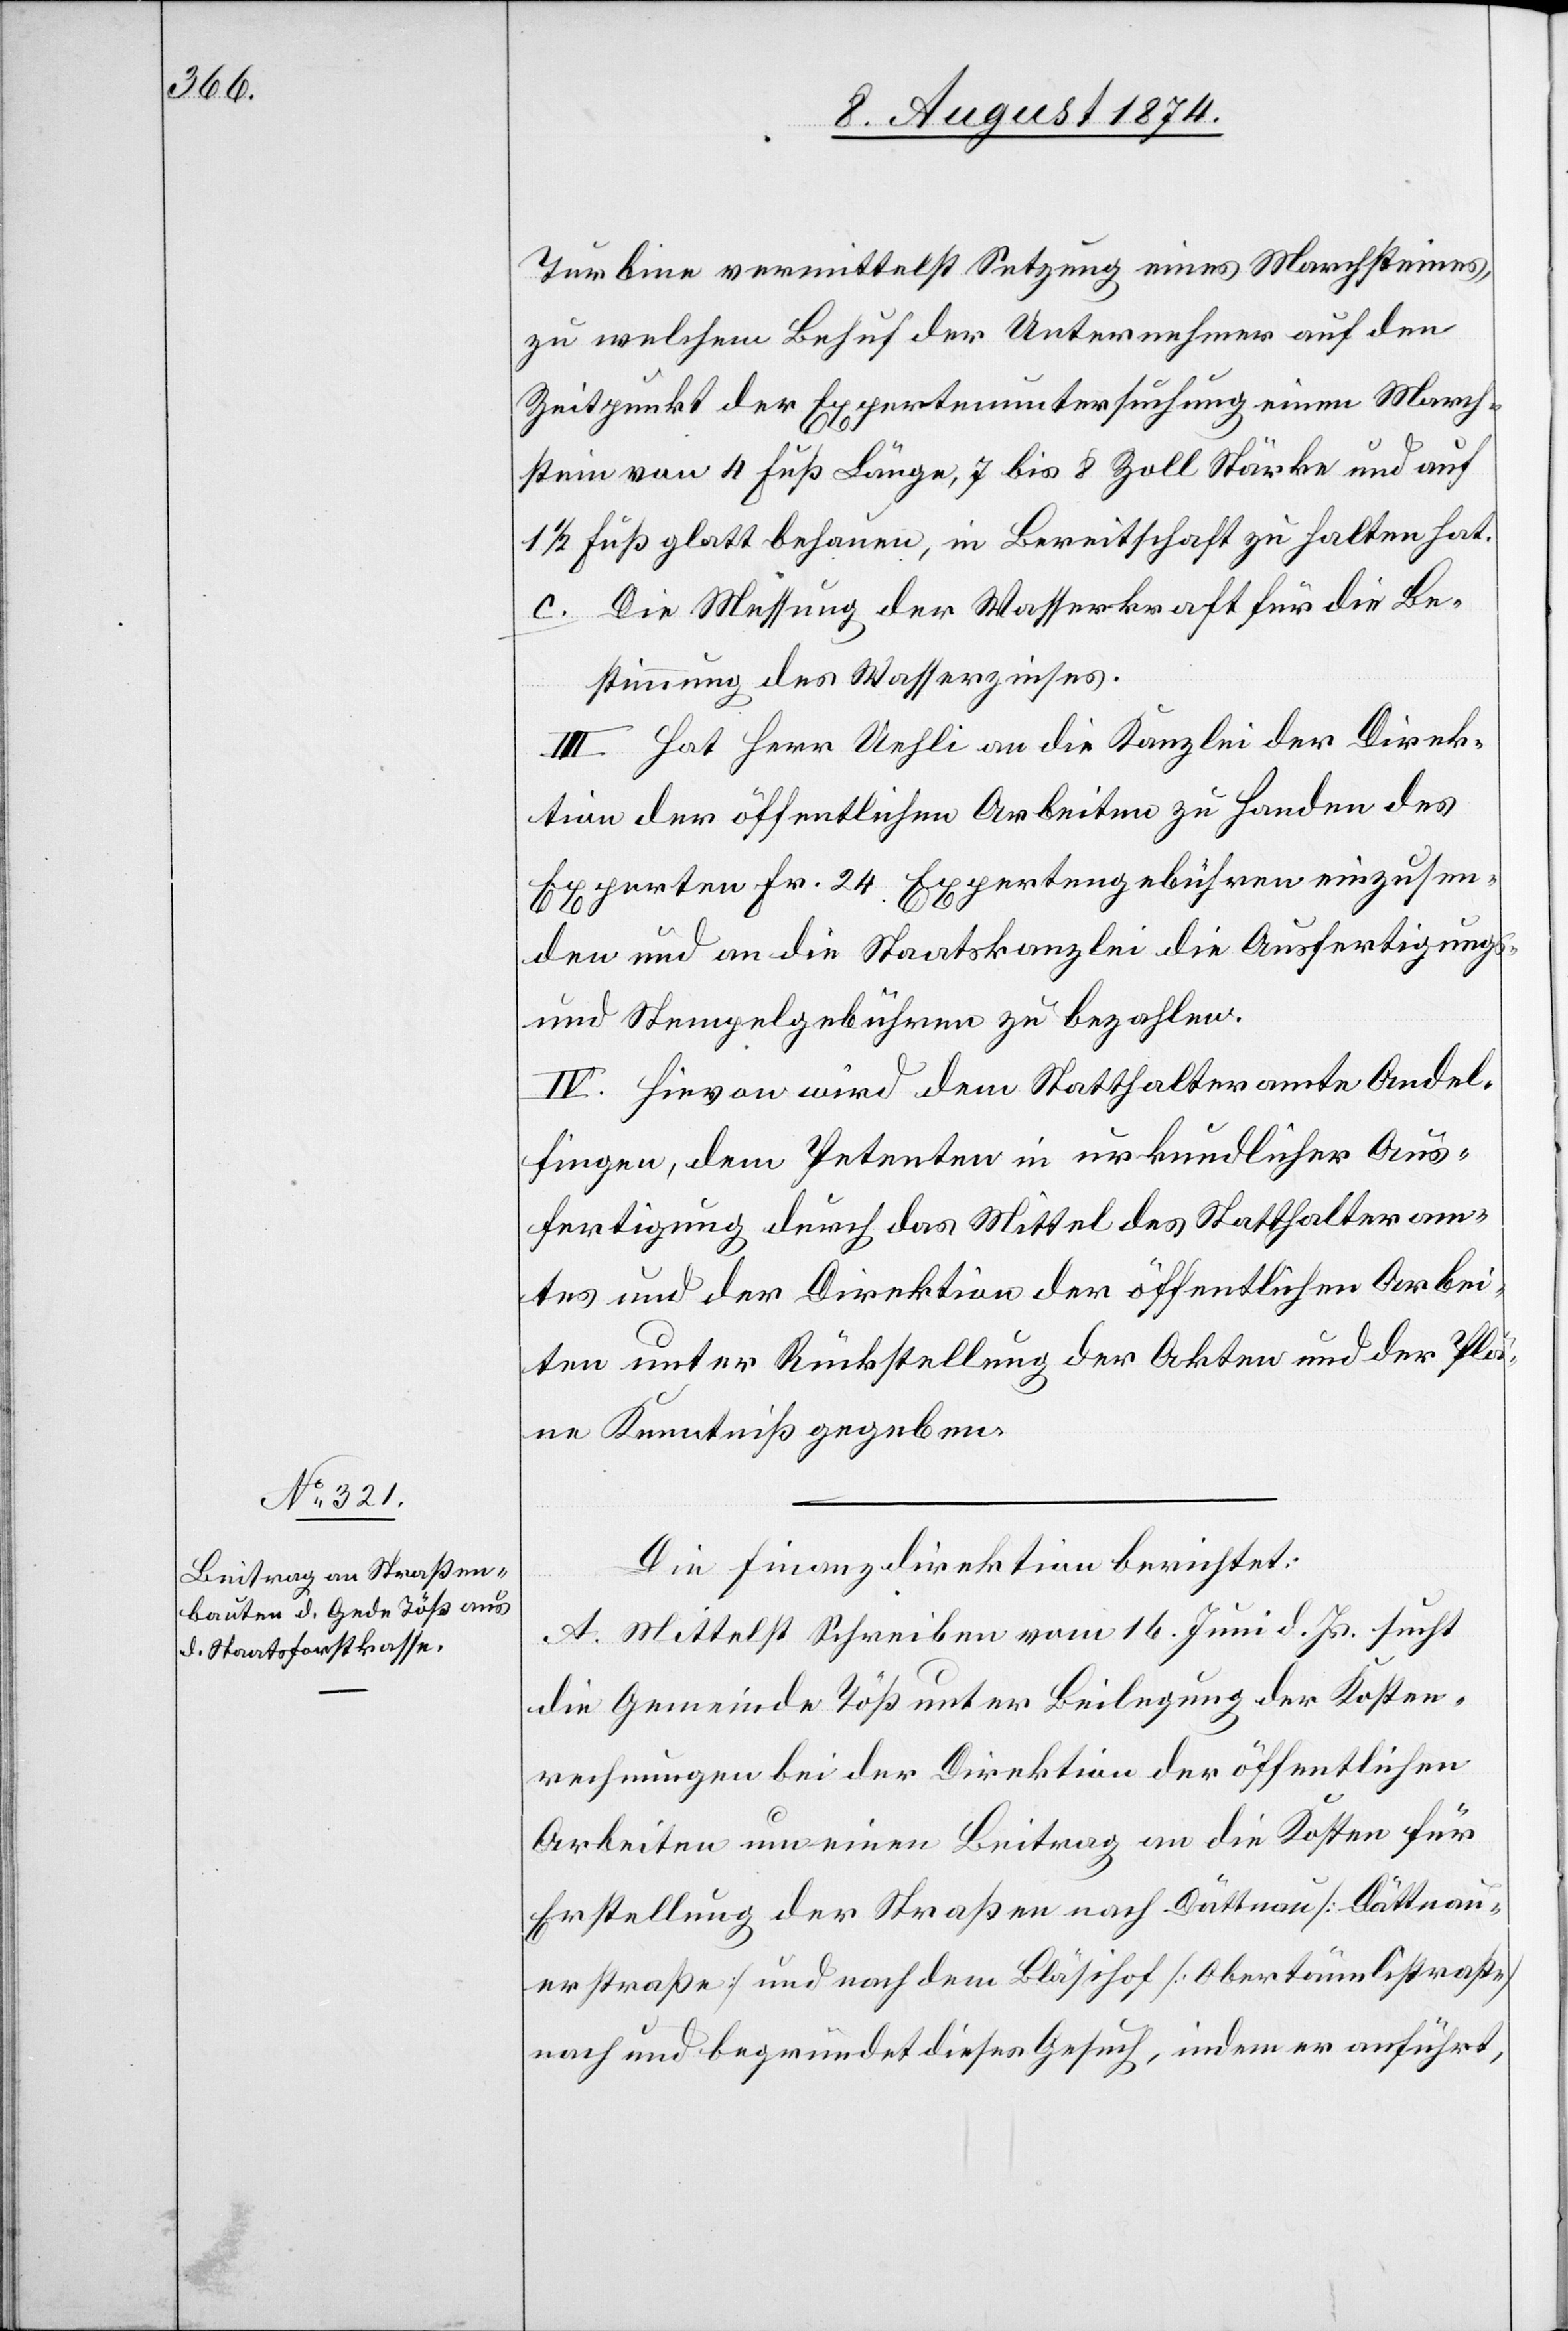
Turbine vermittelst Setzung eines Marchsteines,
zu welchem Behuf der Unternehmer auf den
Zeitpunkt der Expertenuntersuchung einem March¬
stein von 4 Fuß Länge, 7 bis 8 Zoll Stärke und auf
1/2 Fuß glatt behauen, in Bereitschaft zu halten hat.
c. Die Messung der Wasserkraft für die Be¬
stimmungen des Wasserzinses.
III. Hat Herr Uehli an die Kanzlei der Direk¬
tion der öffentlichen Arbeiten zu Handen des
Experten Fr. 24 Expertengebühren einzusen¬
den und an die Staatskanzlei die Ausfertigungs-
und Stempelgebühren zu bezahlen.
IV. Hievon wird dem Statthalteramte Andel¬
fingen, dem Petenten in urkundlicher Aus¬
fertigung durch das Mittel des Statthalteram¬
tes und der Direktion der öffentlichen Arbei¬
ten unter Rückstellung der Akten und der Plä¬
ne Kenntniß gegeben.
Die Finanzdirektion berichtet:
A. Mittelst Schreiben vom 16. Juni d. Js. sucht
die Gemeinde Töß unter Beilegung der Kosten¬
rechnungen bei der Direktion der öffentlichen
Arbeiten um einen Beitrag an die Kosten für
Erstellung der Straßen nach Dättnau [Dättnau¬
erstraße] und nach dem Bläsihof [Obertännlistraße]
nach und begründet dieses Gesuch, indem er anführt,